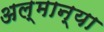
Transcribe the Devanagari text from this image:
अल्मान्या